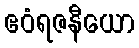
ဧဝံရဇနီယော